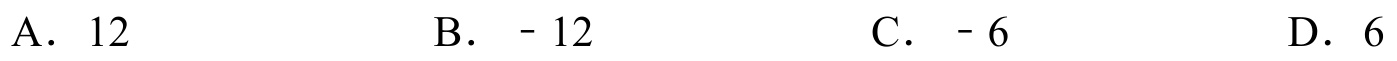
A. \(12\)  \ \ \ \ \ B. \(-12\)  \ \ \ \ \ C. \(-6\)  \ \ \ \ \ D. \(6\)